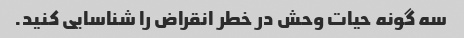
سه گونه حیات وحش در خطر انقراض را شناسایی کنید.